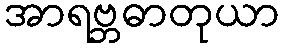
အာရဗ္ဘဓာတုယာ